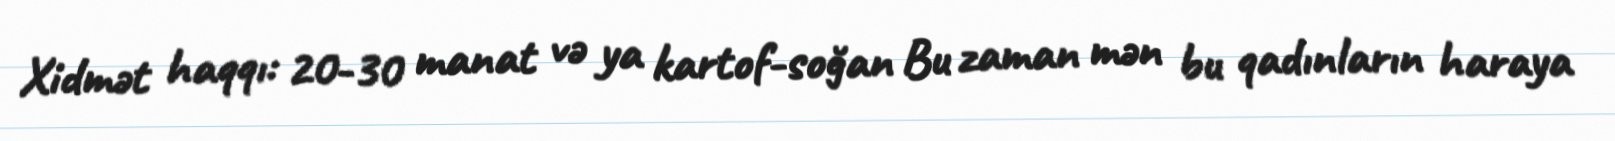
Xidmət haqqı: 20-30 manat və ya kartof-soğan Bu zaman mən bu qadınların haraya